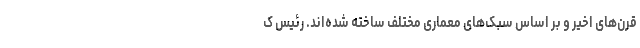
قرن‌های اخیر و بر اساس سبک‌های معماری مختلف ساخته شده‌اند. رئیس ک